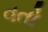
વતો